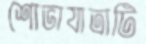
শোভাযাত্রাটি